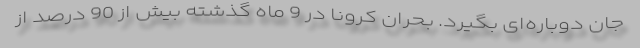
جان دوباره‌ای بگیرد. بحران کرونا در 9 ماه گذشته بیش از 90 درصد از